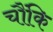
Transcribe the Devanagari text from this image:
चौंकि